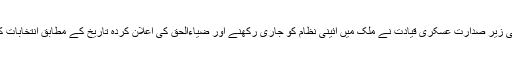
17اگست کی شام اِن کی زیر صدارت عسکری قیادت نے ملک میں آئینی نظام کو جاری رکھنے اور ضیاءالحق کی اعلان کردہ تاریخ کے مطابق انتخابات کے انعقاد کا فیصلہ کیا۔